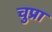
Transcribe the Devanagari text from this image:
चुप्रा